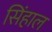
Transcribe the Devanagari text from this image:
सिंहाल